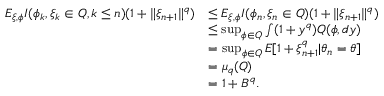
\begin{array} { r l } { E _ { \xi , \phi } { I ( \phi _ { k } , \xi _ { k } \in Q , k \le n ) ( 1 + \| \xi _ { n + 1 } \| ^ { q } ) } } & { \le E _ { \xi , \phi } { I ( \phi _ { n } , \xi _ { n } \in Q ) ( 1 + \| \xi _ { n + 1 } \| ^ { q } ) } } \\ & { \le \operatorname* { s u p } _ { \phi \in Q } \int ( 1 + y ^ { q } ) Q ( \phi , d y ) } \\ & { = \operatorname* { s u p } _ { \phi \in Q } E [ 1 + \xi _ { n + 1 } ^ { q } | \theta _ { n } = \theta ] } \\ & { = \mu _ { q } ( Q ) } \\ & { = 1 + B ^ { q } . } \end{array}